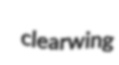
clearwing